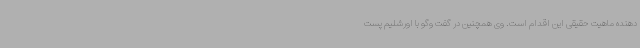
دهنده ماهیت حقیقی این اقدام است. وی همچنین در گفت وگو با اورشلیم پست